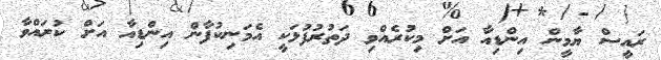
ރައީސް ޔާމީން އިންޑިއާ އަށް މިކުރެއްވި ދަތުރުފުޅަކީ އެމަނިކުފާން އިންޑިއާ އަށް ކުރައްވާ